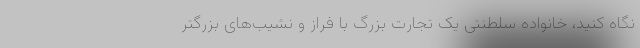
نگاه کنید، خانواده سلطنتی یک تجارت بزرگ با فراز و نشیب‌های بزرگتر